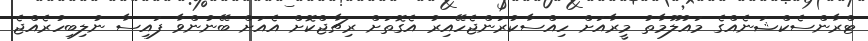
ޓްރާންސެކްޝަނެއްގެ މައުލޫމާތު މީރާއަށް ހިއްސާކުރަންޖެހޭއިރު އެގޮތަށް ރިޗާޖްކޮށް އެއަށް ބޭނުންވާ ފައިސާ ނުލިބިހުރެއްޖެ